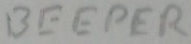
Text: BEEPER